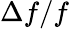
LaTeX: \Delta f/f